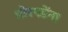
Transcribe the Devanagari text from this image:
घोरपडेंना